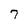
Character: 7